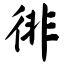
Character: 徘